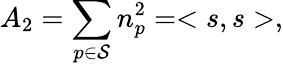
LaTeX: A_{2}=\sum_{p\in{\cal S}}n_{p}^{2}=<s,s>,